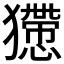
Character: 𤢻